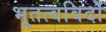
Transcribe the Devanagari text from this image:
भूतत्वविदों